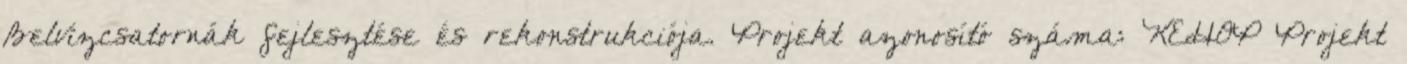
Belvízcsatornák fejlesztése és rekonstrukciója. Projekt azonosító száma: KEHOP Projekt